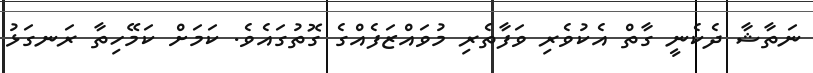
ނަތާޝާ ދެކެނީ ގާތް އެކުވެރި ވަފާތެރި މުވައްޒަފެއްގެ ގޮތުގައެވެ. ކަމަށް ކަމޭހިތާ ރަނގަޅު